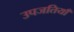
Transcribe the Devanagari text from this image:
उपजतियाँ